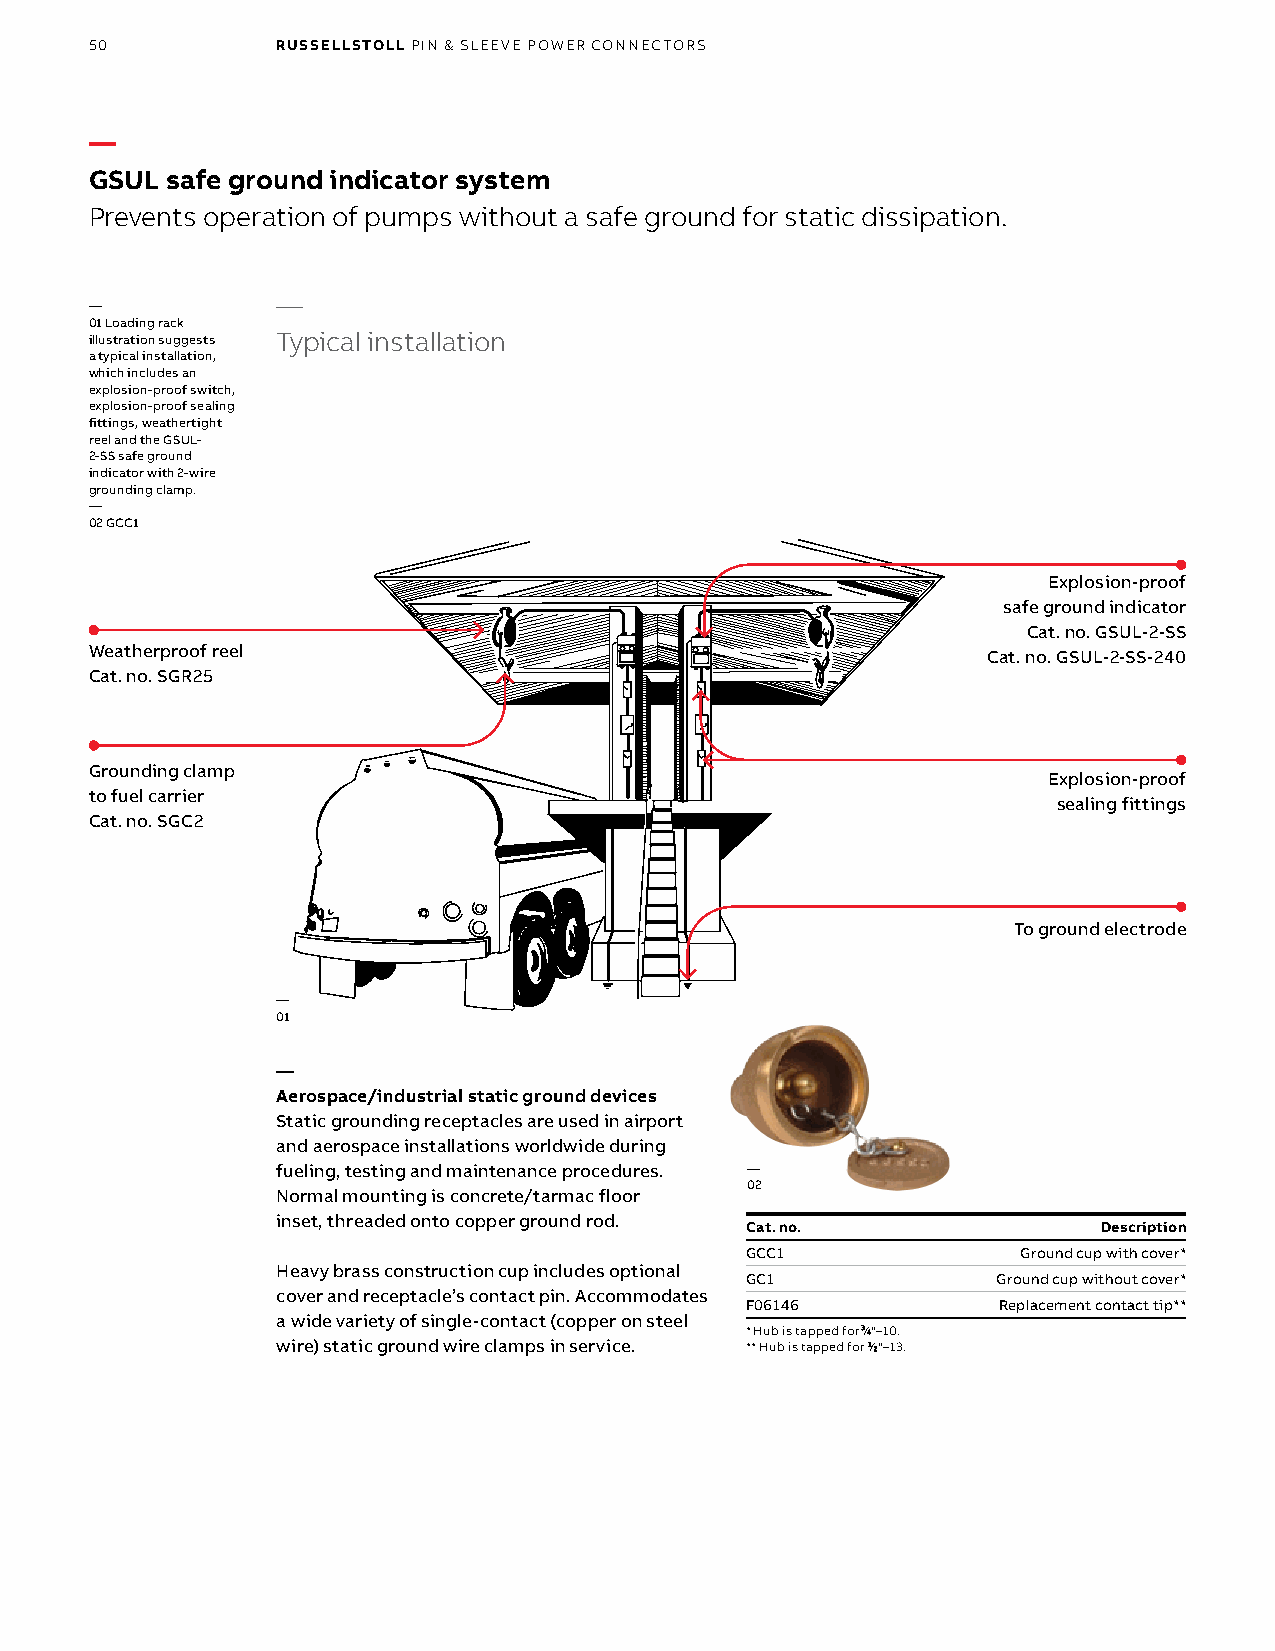
50          RUSSELLSTOLL PIN & SLEEVE POWER CONNECTORS
 —
 GSUL safe ground indicator system
 Prevents operation of pumps without a safe ground for static dissipation.
 —
 —
 01 Loading rack
 illustration suggests Typical installation
 a typical installation,
 which includes an
 explosion-proof switch,
 explosion-proof sealing
 fittings, weathertight
 reel and the GSUL-
 2-SS safe ground
 indicator with 2-wire
 grounding clamp.
 —
 02 GCC1
 Explosion-proof
 safe ground indicator
 Cat. no. GSUL-2-SS
 Weatherproof reel
 Cat. no. GSUL-2-SS-240
 Cat. no. SGR25
 Grounding clamp
 Explosion-proof
 to fuel carrier
 sealing fittings
 Cat. no. SGC2
 To ground electrode
 —
 01
 —
 Aerospace/industrial static ground devices
 Static grounding receptacles are used in airport
 and aerospace installations worldwide during
 fueling, testing and maintenance procedures. —
 02
 Normal mounting is c oncrete/tarmac floor
 inset, threaded onto copper ground rod.
 Cat. no.                Description
 GCC1               Ground cup with cover*
 Heavy brass construction cup includes optional
 GC1              Ground cup without cover*
 cover and receptacle’s contact pin. Accommodates
 F06146           Replacement contact tip**
 a wide variety of single-contact (copper on steel
 * Hub is tapped for 3⁄4"–10.
 wire) static ground wire clamps in service. ** Hub is tapped for 1⁄2"–13.